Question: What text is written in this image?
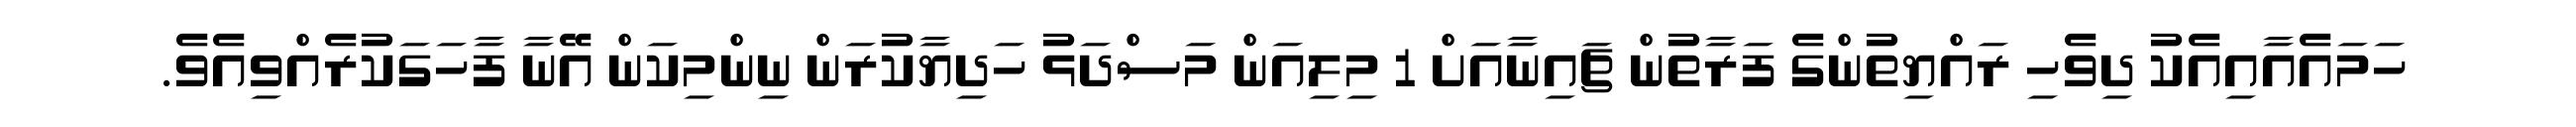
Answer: ހަމައެއާއިއެކު ދިވެހި ރައްޔިތުންގެ ފަރާތުން ޗައިނާއަށް 1 މިލިއަން މަސްދަޅު ހަދިޔާކުރަން ނިންމިކަން އޭނާ ފާހަގަކުރެއްވިއެވެ.